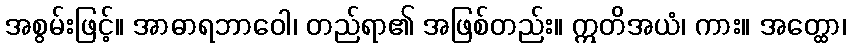
အစွမ်းဖြင့်။ အာဓာရဘာဝေါ၊ တည်ရာ၏ အဖြစ်တည်း။ ဣတိအယံ၊ ကား။ အတ္ထော၊